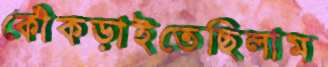
কোঁকড়াইতেছিলাম